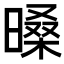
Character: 𣉕